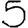
Digit: 5